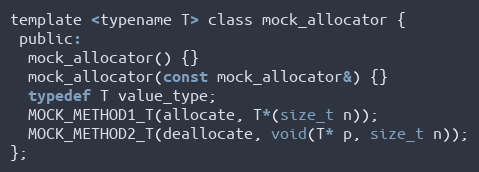
Language: C
template <typename T> class mock_allocator {
 public:
  mock_allocator() {}
  mock_allocator(const mock_allocator&) {}
  typedef T value_type;
  MOCK_METHOD1_T(allocate, T*(size_t n));
  MOCK_METHOD2_T(deallocate, void(T* p, size_t n));
};